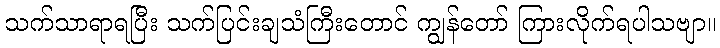
သက်သာရာရပြီး သက်ပြင်းချသံကြီးတောင် ကျွန်တော် ကြားလိုက်ရပါသဗျာ။